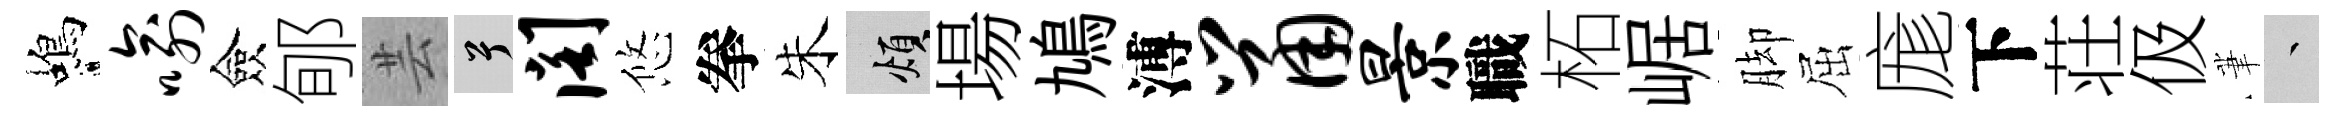
蝎喻僉郇芸兮阁悠拳朱煩場鳩溥鼠景職柘崌脚屈庬下荘伋茟叢